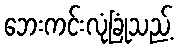
ဘေးကင်းလုံခြုံသည့်